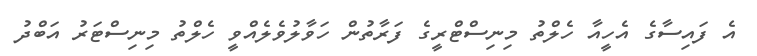
އެ ފައިސާގެ އެހީއާ ހެލްތު މިނިސްޓްރީގެ ފަރާތުން ހަވާލުވެލެއްވީ ހެލްތު މިނިސްޓަރު އަބްދު